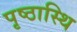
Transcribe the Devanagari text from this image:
पृष्ठास्थि